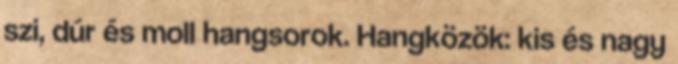
szi, dúr és moll hangsorok. Hangközök: kis és nagy